Report of the King Institute of Preventive Medicine, Guindy
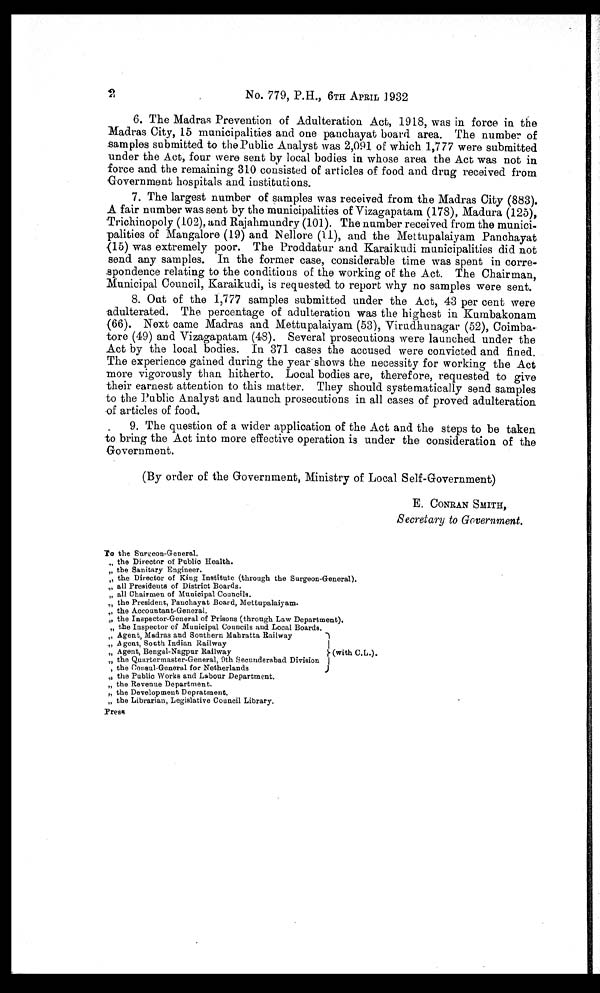
No. 779, P.H., 6TH APRIL 1932
6. The Madras Prevention of Adulteration Act, 1918, was in force in the
Madras City, 15 municipalities and one panchayat board area. The number of
samples submitted to the Public Analyst was 2,091 of which 1,777 were submitted
under the Act, four were sent by local bodies in whose area the Act was not in
force and the remaining 310 consisted of articles of food and drug received from
Government hospitals and institutions.
7. The largest number of samples was received from the Madras City (883).
A fair number was sent by the municipalities of Vizagapatam (178), Madura (125),
Trichinopoly (102), and Rajahmundry (101). The number received from the munici
- p a l i t i e s o f M a n g a l o r e ( 1 9 ) a n d N e l l o r e ( 1 1 ) , a n d t h e M e t t u p a l a i y a m P a n c h a y a t
( 1 5 ) w a s e x t r e m e l y p o o r . T h e P r o d d a t u r a n d K a r a i k u d i m u n i c i p a l i t i e s d i d n o t
send any samples. In the former case, considerable time was spent in corre
- s p o n d e n c e r e l a t i n g t o t h e c o n d i t i o n s o f t h e w o r k i n g o f t h e A c t . T h e C h a i r m a n ,
Municipal Council, Karaikudi, is requested to report why no samples were sent.
8. Out of the 1,777 samples submitted under the Act, 43 per cent were
adulterated. The percentage of adulteration was the highest in Kumbakonam
(66). Next came Madras and Mettupalaiyam (53), Virudhunagar (52), Coimba
- t o r e ( 4 9 ) a n d V i z a g a p a t a m ( 4 8 ) . S e v e r a l p r o s e c u t i o n s w e r e l a u n c h e d u n d e r t h e
Act by the local bodies. In 371 cases the accused were convicted and fined.
The experience gained during the year shows the necessity for working the Act
more vigorously than hitherto. Local bodies are, therefore, requested to give
their earnest attention to this matter. They should systematically send samples
to the Public Analyst and launch prosecutions in all cases of proved adulteration
of articles of food.
9. The question of a wider application of the Act and the steps to be taken
to bring the Act into more effective operation is under the consideration of the
Government.
(By order of the Government, Ministry of Local Self-Government)
E. CONRAN SMITH,
Secretary to Government.
To the Surgeon-General.
" the Director of Public Health.
" the Sanitary Engineer.
" the Director of King Institute (through the Surgeon-General).
" all Presidents of District Boards.
" all Chairmen of Municipal Councils.
" the President, Panchayat Board, Mettupalaiyam.
" the Accountant-General.
" the Inspector-General of Prisons (through Law Department).
" the Inspector of Municipal Councils and Local Boards.
" Agent, Madras and Southern Mahratta Railway
" Agent, South Indian Railway
" Agent, Bengal-Nagpur Railway
" the Quartermaster-General, 9th Secunderabad Division
, the Consul-General for Netherlands
" the Public Works and Labour Department.
" the Revenue Department.
" the Development Department.
" the Librarian, Legislative Council Library.
Press
(with C.L.).